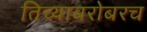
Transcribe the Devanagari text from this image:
तिच्याबरोबरच